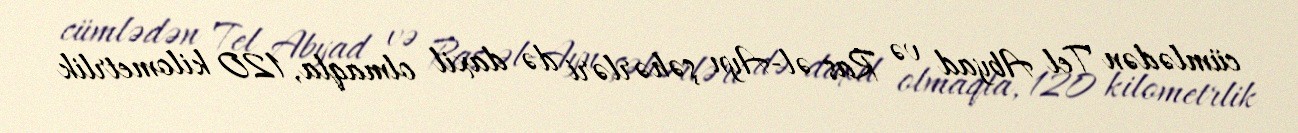
cümlədən Tel Abyad və Ras əl-Ayn şəhərləri də daxil olmaqla, 120 kilometrlik